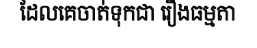
ដែលគេចាត់ទុកជា រឿងធម្មតា